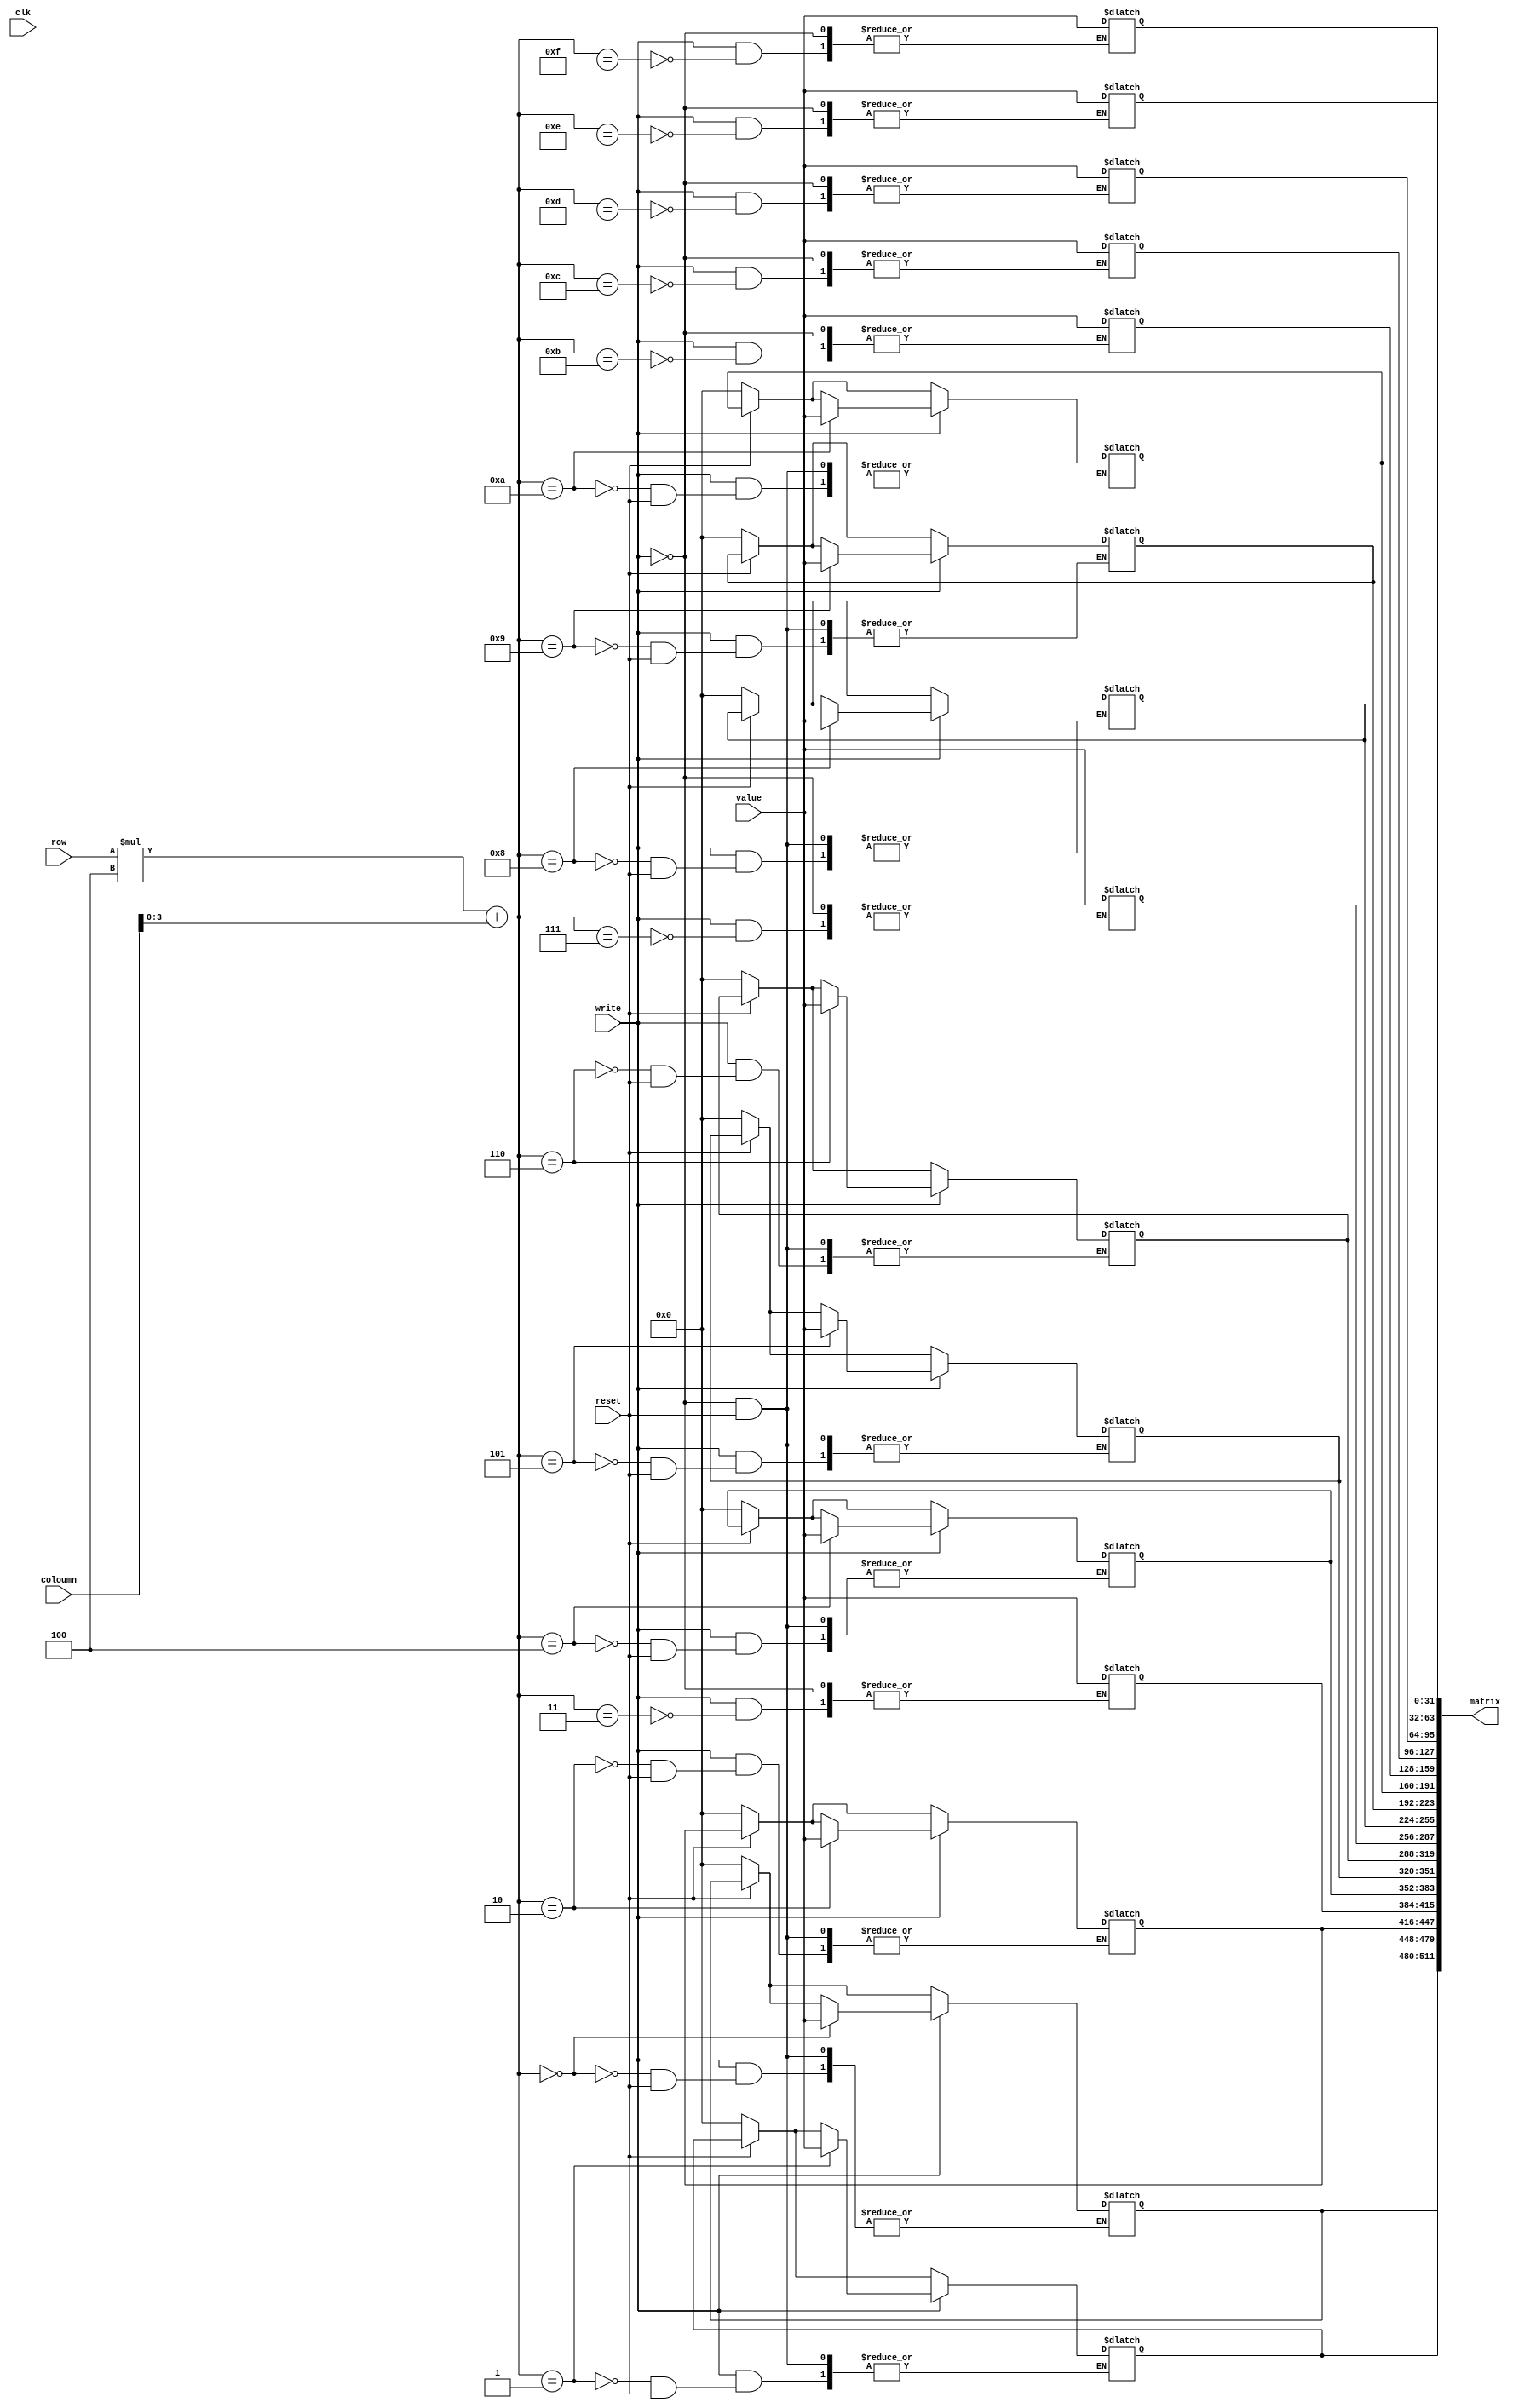
`timescale 1ns / 1ps
//////////////////////////////////////////////////////////////////////////////////
// Company: 
// Engineer: 
// 
// Design Name: 
// Module Name:    MatrixElementbyElement 
// Project Name: 
// Target Devices: 
// Tool versions: 
// Description: 
//
// Dependencies: 
//
// Revision: 
// Revision 0.01 - File Created
// Additional Comments: 
//
//////////////////////////////////////////////////////////////////////////////////
module MatrixElementbyElement #(parameter M=4, parameter N=4, parameter nBits=32)(
	input [nBits-1:0] row,coloumn,value,
	input reset, write, clk,
	output [M*N*nBits-1:0]matrix);

	genvar i,j;
	reg k,l;
	reg [nBits-1:0] A [M-1:0][N-1:0];
	
	generate
		for (i = 0; i < M; i = i + 1) begin: loop1
			for (j = 0; j < N; j = j + 1) begin: loop2
					assign matrix[M*N*nBits-N*i*nBits-j*nBits-1:M*N*nBits-N*i*nBits-j*nBits-nBits]=A[i][j];
			end
		end
	endgenerate
	
	always @(write) begin
		if (reset==0) begin
			for (k = 0; k < M-1; k=k+ 1) begin
				for (l = 0; l < N-1; l=l+ 1) begin
					A[k][l] <= 0;
				end
			end
		end
		if(write==1) begin
			A[row][coloumn]<=value;
		end
	end

endmodule